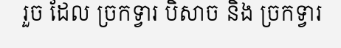
រួច ដែល ច្រកទ្វារ បិសាច និង ច្រកទ្វារ